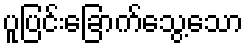
ပူပြင်းခြောက်သွေ့သော